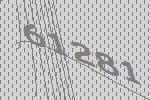
61281